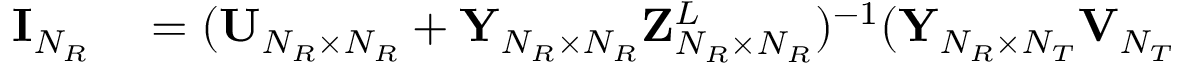
\begin{array} { r l } { { \bf { I } } _ { N _ { R } } } & { { } = ( { \bf { U } } _ { N _ { R } \times N _ { R } } + { \bf { Y } } _ { N _ { R } \times N _ { R } } { \bf { Z } } _ { N _ { R } \times N _ { R } } ^ { L } ) ^ { - 1 } ( { \bf { Y } } _ { N _ { R } \times N _ { T } } { \bf { V } } _ { N _ { T } } } \end{array}